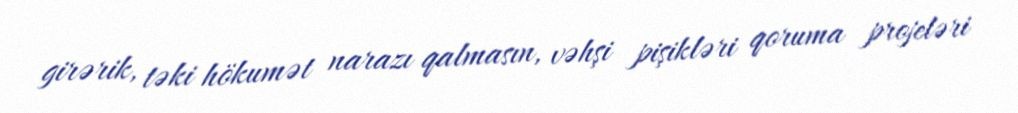
girərik, təki hökumət narazı qalmasın, vəhşi pişikləri qoruma projeləri